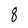
Character: 8